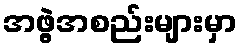
အဖွဲ့အစည်းများမှာ